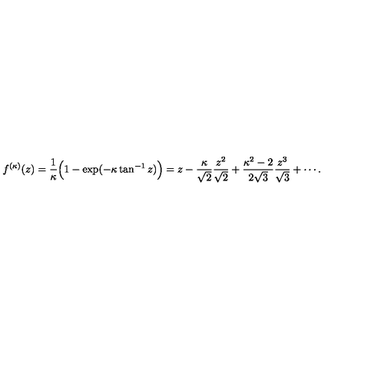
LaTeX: f ^ { ( \kappa ) } ( z ) = \frac { 1 } { \kappa } \Bigl ( 1 - \exp ( - \kappa \tan ^ { - 1 } z ) \Bigr ) = z - \frac { \kappa } { \sqrt { 2 } } \frac { z ^ { 2 } } { \sqrt { 2 } } + \frac { \kappa ^ { 2 } - 2 } { 2 \sqrt { 3 } } \frac { z ^ { 3 } } { \sqrt { 3 } } + \cdots .